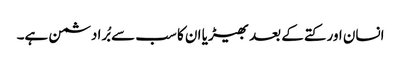
انسان اور کتے کے بعد بھیڑیا ان کا سب سے بُرا دشمن ہے۔